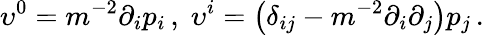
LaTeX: \upsilon^{0}=m^{-2}\partial_{i}p_{i}\, ,\; \upsilon^{i}=\left(\delta_{ij}-m^{-2}\partial_{i}\partial_{j}\right)p_{j\, }.